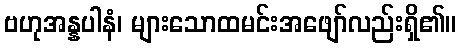
ဗဟုအန္နပါနံ၊ များသောထမင်းအဖျော်လည်းရှိ၏။